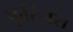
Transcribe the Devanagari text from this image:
फुरिअस